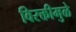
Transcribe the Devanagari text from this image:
विरक्तीमुळे